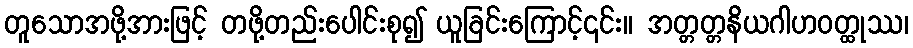
တူသောအဖို့အားဖြင့် တဖို့တည်းပေါင်းစု၍ ယူခြင်းကြောင့်၎င်း။ အတ္တတ္တနိယဂါဟဝတ္ထုဿ၊